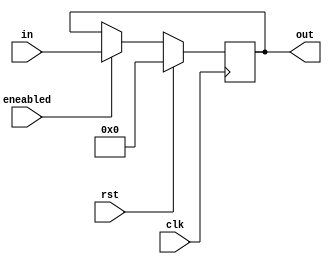
module Acumulador (input clk,eneabled,rst, input [3:0]in, output [3:0]out);
  wire clk,eneabled,rst;
  wire [3:0]in;
  reg [3:0]out=0;
  always @ (posedge clk) //va a funcionar cada vez que reciba un clk o rst
    begin
      if(rst)  // =rst se reiniciara el contador
        begin
          out<= 0;
        end
      else if (eneabled==1) // indica si esta en uso
        begin
          out<=in;
        end
    end
endmodule